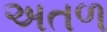
અતળ